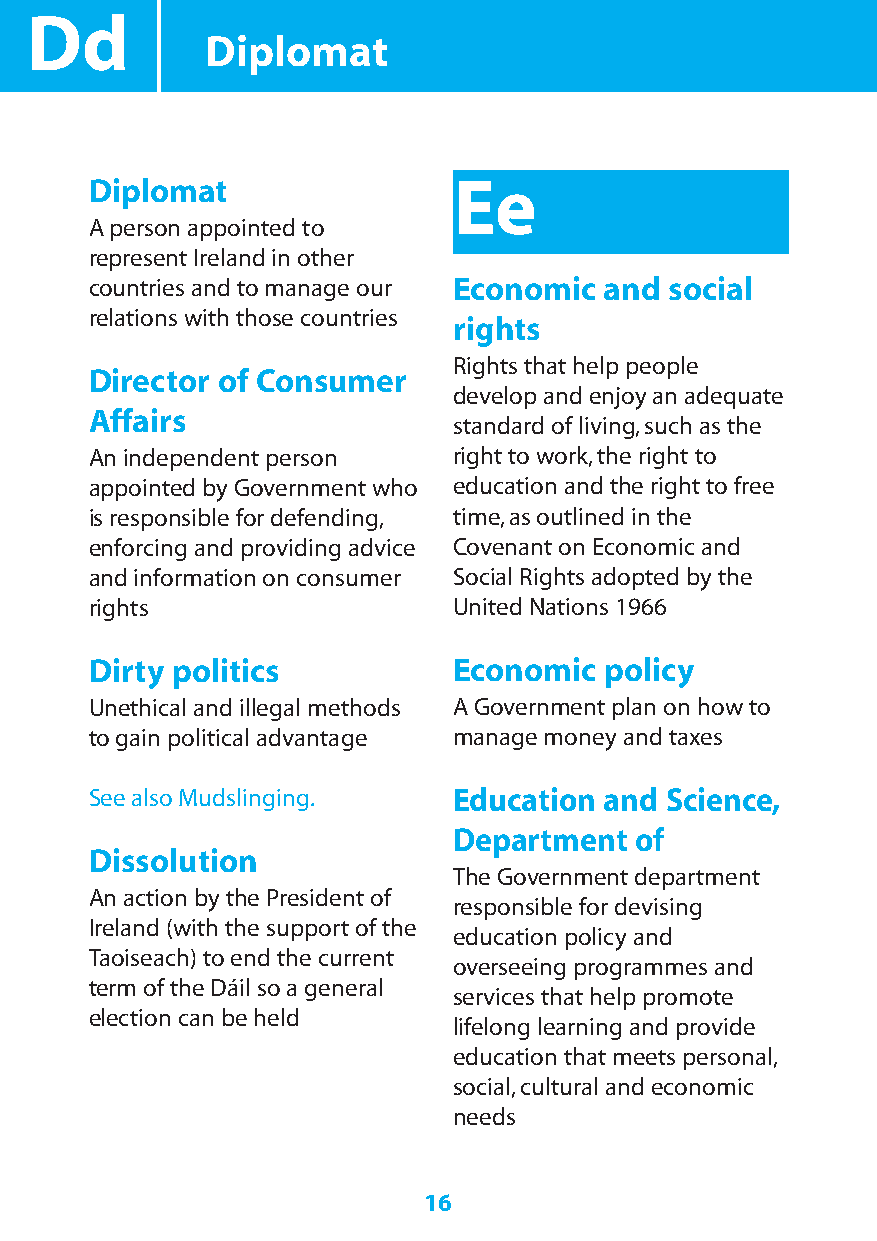
Dd
 Diplomat
 Diplomat                Ee
 A person appointed to
 represent Ireland in other
 countries and to manage our Economic and social
 relations with those countries
 rights
 Rights that help people
 Director of Consumer
 develop and enjoy an adequate
 Affairs
 standard of living,such as the
 An independent person   right to work,the right to
 appointed by Government who education and the right to free
 is responsible for defending, time,as outlined in the
 enforcing and providing advice Covenant on Economic and
 and information on consumer Social Rights adopted by the
 rights                  United Nations 1966
 Dirty politics          Economic  policy
 Unethical and illegal methods A Government plan on how to
 to gain political advantage manage money and taxes
 See also Mudslinging.   Education and Science,
 Department  of
 Dissolution
 The Government department
 An action by the President of
 responsible for devising
 Ireland (with the support of the
 education policy and
 Taoiseach) to end the current
 overseeing programmes and
 term of the Dáil so a general
 services that help promote
 election can be held
 lifelong learning and provide
 education that meets personal,
 social,cultural and economic
 needs
 16